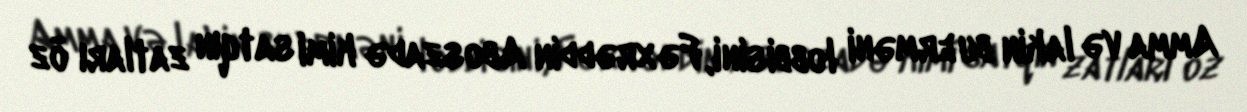
Amma və lakin bu erməni lobbisini, Fəxrəddin Aboszadə kimi satqın zatları öz